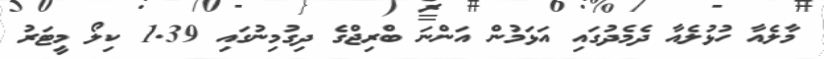
މާލެއާ ހުޅުލެއާ ދެމެދުގައި އަޅަމުން އަންނަ ބްރިޖްގެ ދިގުމިނުގައި 1.39 ކިލޯ މީޓަރު